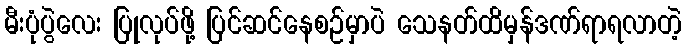
မီးပုံပွဲလေး ပြုလုပ်ဖို့ ပြင်ဆင်နေစဉ်မှာပဲ သေနတ်ထိမှန်ဒဏ်ရာရလာတဲ့